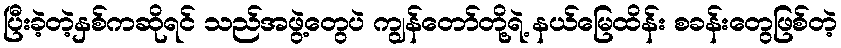
ပြီးခဲ့တဲ့နှစ်ကဆိုရင် သည်အဖွဲ့တွေပဲ ကျွန်တော်တို့ရဲ့ နယ်မြေထိန်း စခန်းတွေဖြစ်တဲ့